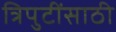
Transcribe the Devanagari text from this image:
त्रिपुटींसाठी